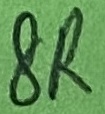
Text: 8R